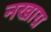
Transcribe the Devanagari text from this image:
नखाग्र